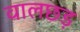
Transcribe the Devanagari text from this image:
वालछड़